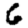
Digit: 6